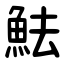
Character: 魼